Note on the mental hospitals in Burma - 1925-1940
Year: 1925
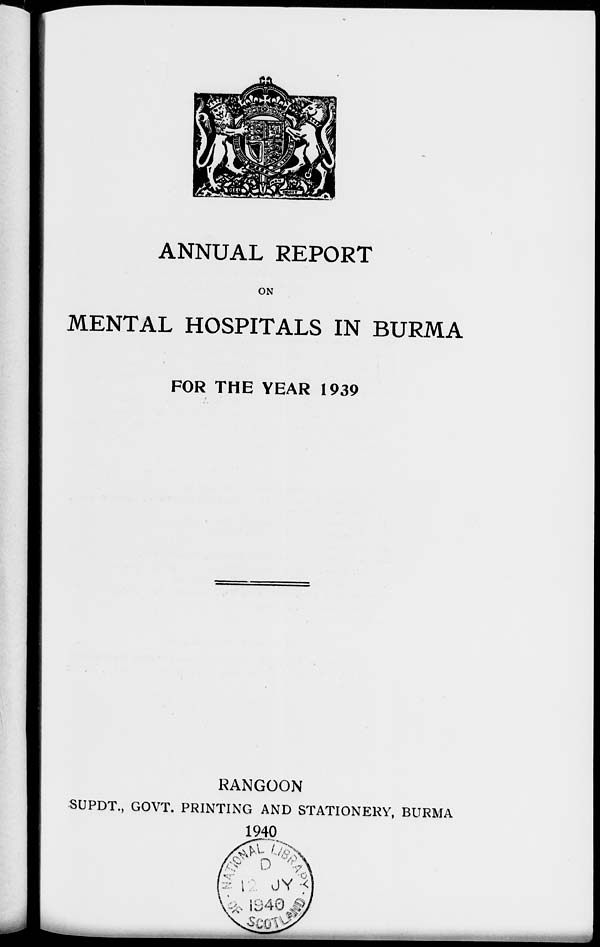
ANNUAL REPORT
ON
MENTAL HOSPITALS IN BURMA
FOR THE YEAR 1939
RANGOON
SUPDT., GOVT. PRINTING AND STATIONERY, BURMA
1940